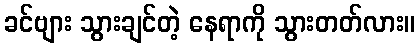
ခင်ဗျား သွားချင်တဲ့ နေရာကို သွားတတ်လား။